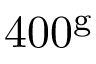
4 0 0 ^ { \mathrm { g } }